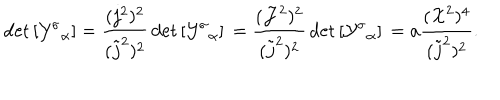
\mathrm { d e t } \left[ { { \cal Y } ^ { \sigma } } _ { \alpha } \right] = \frac { ( j ^ { 2 } ) ^ { 2 } } { ( { \tilde { j } } ^ { 2 } ) ^ { 2 } } \, \mathrm { d e t } \left[ { { \cal Y } ^ { \sigma } } _ { \alpha } \right] \, = \frac { ( { \cal J } ^ { 2 } ) ^ { 2 } } { ( { \tilde { j } } ^ { 2 } ) ^ { 2 } } \, \mathrm { d e t } \left[ { { \cal Y } ^ { \sigma } } _ { \alpha } \right] \, = a \frac { ( { \cal X } ^ { 2 } ) ^ { 4 } } { ( { \tilde { j } } ^ { 2 } ) ^ { 2 } } .